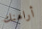
أراهنك